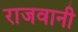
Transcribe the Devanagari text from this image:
राजवानी